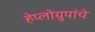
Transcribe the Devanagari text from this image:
हेप्लोग्रुपांचे